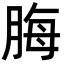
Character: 脢